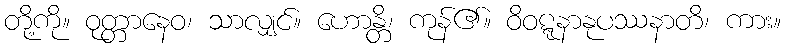
တို့ကို။ ဝုတ္တာနေဝ၊ သာလျှင်။ ဟောန္တိ၊ ကုန်၏။ ဝိဝဋ္ဋနာနုပဿနာတိ၊ ကား။